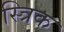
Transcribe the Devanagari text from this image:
स्त्रिक